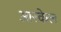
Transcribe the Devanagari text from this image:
आरकेल